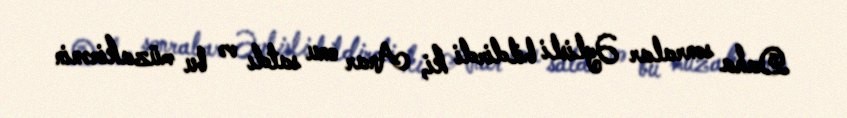
Daha sonralar Əylisli bildirdi ki, Anar onu satdı və bu müzakirənin